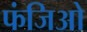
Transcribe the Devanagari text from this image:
फंजिओ